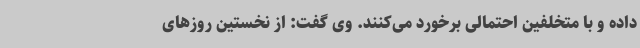
داده و با متخلفین احتمالی برخورد می‌کنند. وی گفت: از نخستین روزهای